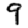
Digit: 9